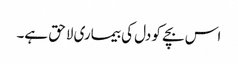
اس بچے کو دل کی بیماری لاحق ہے۔